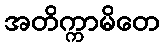
အတိက္ကာမိတေ